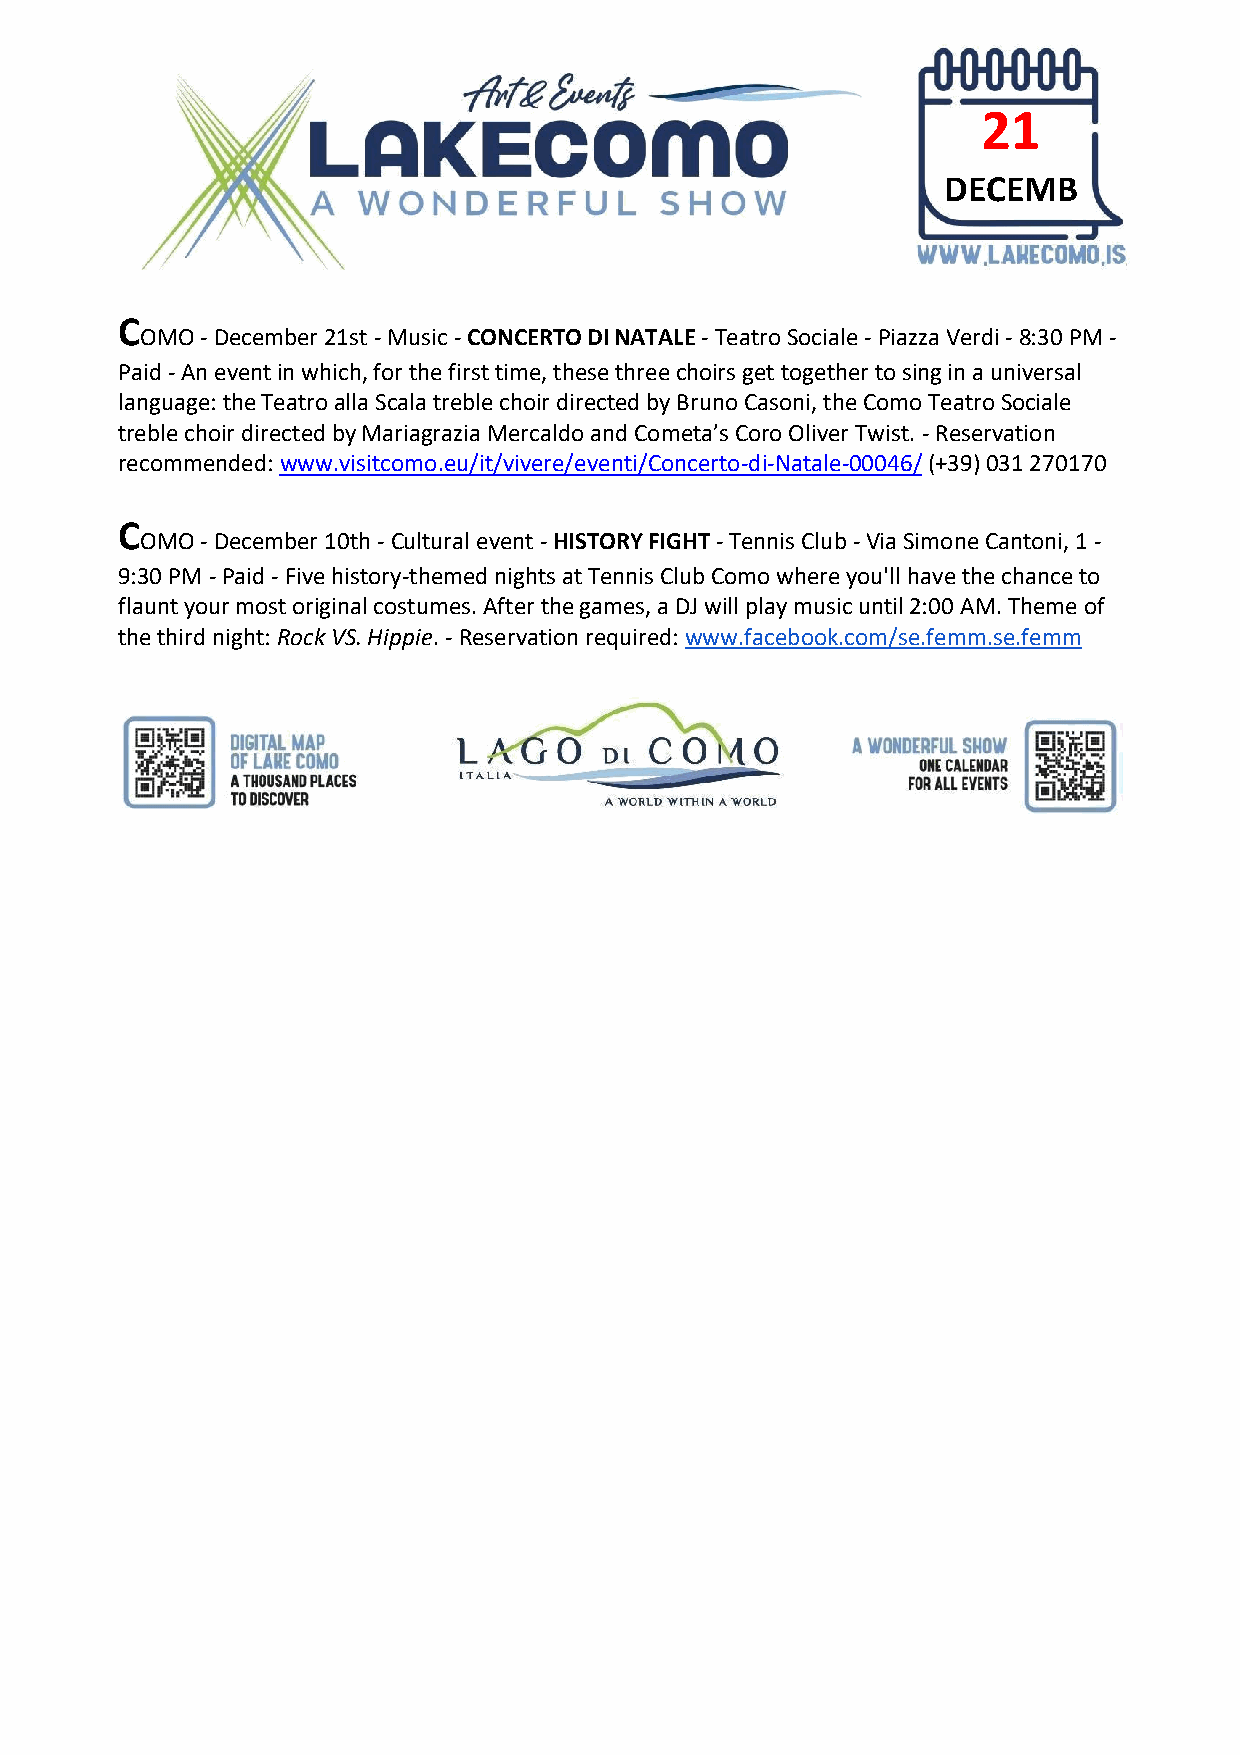
21
 DECEMB
 ER
 C
 OMO - December 21st - Music - CONCERTO DI NATALE - Teatro Sociale - Piazza Verdi - 8:30 PM -
 Paid - An event in which, for the first time, these three choirs get together to sing in a universal
 language: the Teatro alla Scala treble choir directed by Bruno Casoni, the Como Teatro Sociale
 treble choir directed by Mariagrazia Mercaldo and Cometa’s Coro Oliver Twist. - Reservation
 recommended: www.visitcomo.eu/it/vivere/eventi/Concerto-di-Natale-00046/ (+39) 031 270170
 C
 OMO - December 10th - Cultural event - HISTORY FIGHT - Tennis Club - Via Simone Cantoni, 1 -
 9:30 PM - Paid - Five history-themed nights at Tennis Club Como where you'll have the chance to
 flaunt your most original costumes. After the games, a DJ will play music until 2:00 AM. Theme of
 the third night: Rock VS. Hippie. - Reservation required: www.facebook.com/se.femm.se.femm